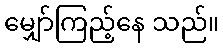
မျှော်ကြည့်နေ သည်။